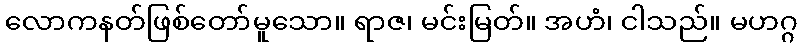
လောကနတ်ဖြစ်တော်မူသော။ ရာဇ၊ မင်းမြတ်။ အဟံ၊ ငါသည်။ မဟဂ္ဂ